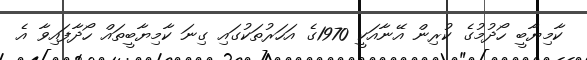
ކާމިޔާބީ ހޯދުމުގެ ކުރިން އޭނާއަކީ 1970ގެ އަހަރުތަކުގައި ގިނަ ކާމިޔާބީތައް ހޯދާފައިވާ އެ